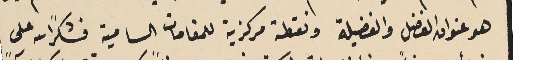
هو عنوان الفضل والفضيلة ونقطة مركزية للمقامات السامية فشكرًا لله على